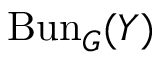
\operatorname { B u n } _ { G } ( Y )